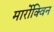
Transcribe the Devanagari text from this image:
मार्रोक्विन